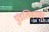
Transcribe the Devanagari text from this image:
पुंडलिकांचा